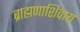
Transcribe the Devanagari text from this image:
ब्राह्मणाशिवाय